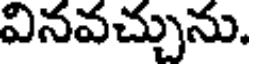
వినవచ్చును.